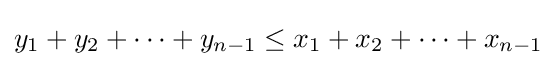
y_{1}+y_{2}+\cdots +y_{n-1}\leq x_{1}+x_{2}+\cdots +x_{n-1}